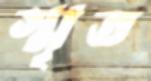
স্মৃত